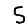
Digit: 5